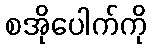
စအိုပေါက်ကို